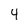
Character: 4